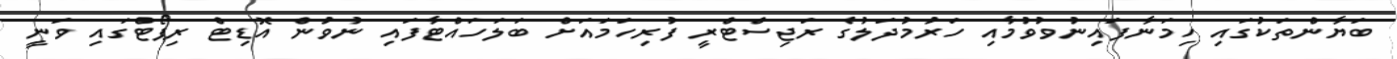
ބަޔާންތަކުގައި ހިމަނާފައިނުވުވުމާއި ހަރުމުދަލުގެ ރަޖިސްޓްރީ ފުރިހަމައަށް ބަލަހައްޓާފައި ނުވުން އޮޑިޓް ރިޕޯޓްގައި ވަނީ